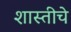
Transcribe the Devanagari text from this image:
शास्तीचे